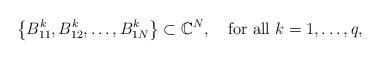
LaTeX: \begin{align*}\left\{ B_{11}^{k},B_{12}^{k},\dots,B_{1N}^{k}\right\}\subset\mathbb{C}^{N},\quad\mbox{for all $k=1,\dots,q$,}\end{align*}